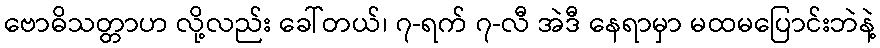
ဗောဓိသတ္တာဟ လို့လည်း ခေါ်တယ်၊ ၇-ရက် ၇-လီ အဲဒီ နေရာမှာ မထမပြောင်းဘဲနဲ့